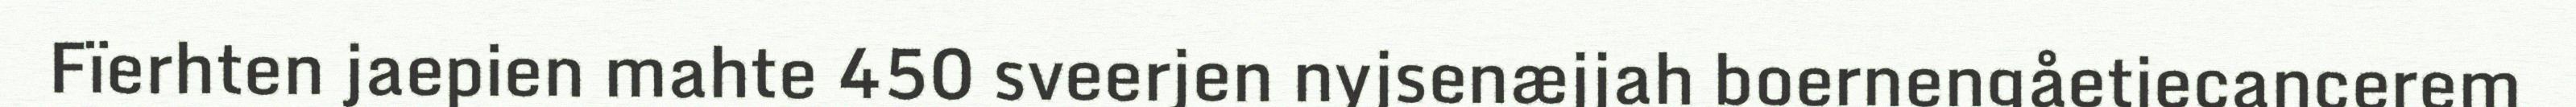
Fïerhten jaepien mahte 450 sveerjen nyjsenæjjah boernengåetiecancerem